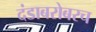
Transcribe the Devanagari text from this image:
दंडाबरोबरच